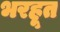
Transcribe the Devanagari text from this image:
भरहूत